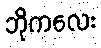
ဘိုကလေး